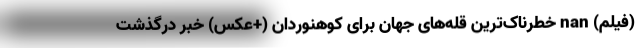
(فیلم) nan خطرناک‌ترین قله‌های جهان برای کوهنوردان (+عکس) خبر درگذشت